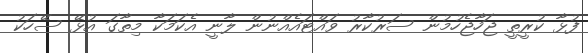
ފުޅާ ކުރީތީ ޖަހާޖެހުމުން ސަރުކާރު ވައްޓައެއްނުން ލާނީ އެކަމަކާ މިތާގަ އުޅޭ ސޭހަކު